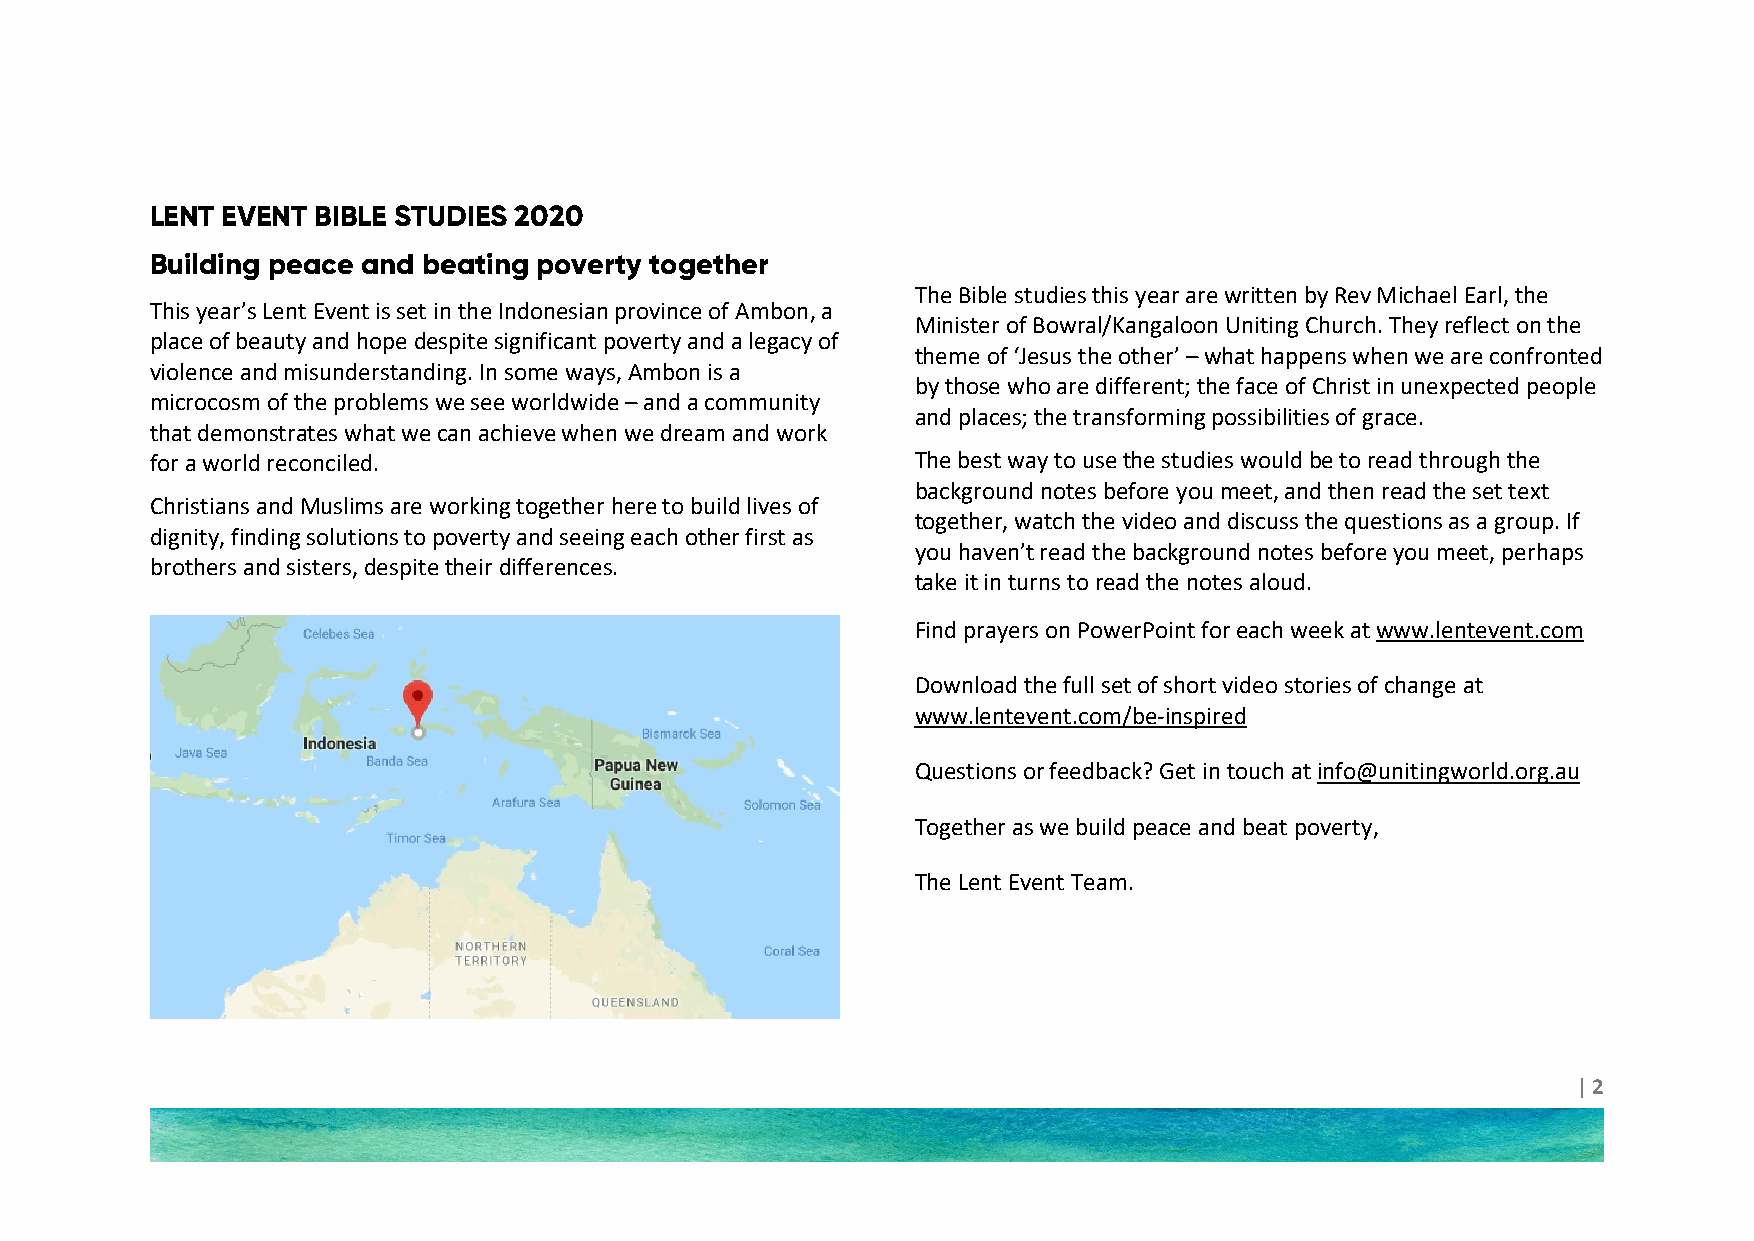
LENT EVENT BIBLE STUDIES 2020
 Building peace and beating poverty together
 The Bible studies this year are written by Rev Michael Earl, the
 This year’s Lent Event is set in the Indonesian province of Ambon, a
 Minister of Bowral/Kangaloon Uniting Church. They reflect on the
 place of beauty and hope despite significant poverty and a legacy of
 theme of ‘Jesus the other’ – what happens when we are confronted
 violence and misunderstanding. In some ways, Ambon is a
 by those who are different; the face of Christ in unexpected people
 microcosm of the problems we see worldwide – and a community
 and places; the transforming possibilities of grace.
 that demonstrates what we can achieve when we dream and work
 for a world reconciled.                            The best way to use the studies would be to read through the
 background notes before you meet, and then read the set text
 Christians and Muslims are working together here to build lives of
 together, watch the video and discuss the questions as a group. If
 dignity, finding solutions to poverty and seeing each other first as
 you haven’t read the background notes before you meet, perhaps
 brothers and sisters, despite their differences.
 take it in turns to read the notes aloud.
 Find prayers on PowerPoint for each week at www.lentevent.com
 Download the full set of short video stories of change at
 www.lentevent.com/be-inspired
 Questions or feedback? Get in touch at info@unitingworld.org.au
 Together as we build peace and beat poverty,
 The Lent Event Team.
 | 2